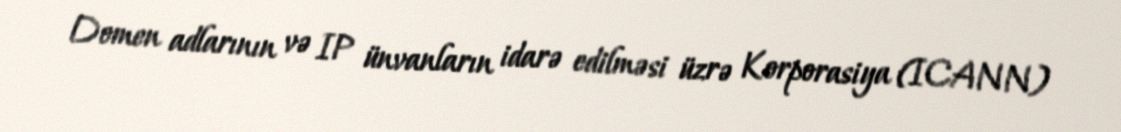
Domen adlarının və IP ünvanların idarə edilməsi üzrə Korporasiya (ICANN)